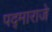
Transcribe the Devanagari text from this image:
पद्‌माराजे